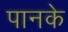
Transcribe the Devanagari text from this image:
पानके